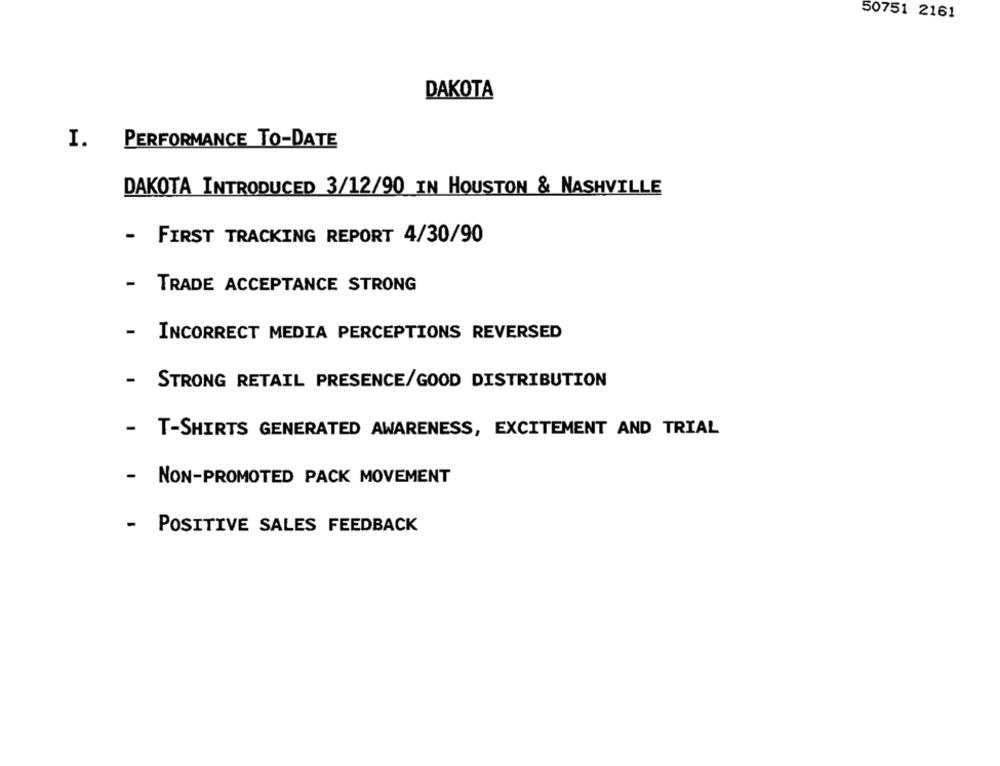
50751 2161
DAKOTA
I. PERFORMANCE TO-DATE
DAKOTA INTRODUCED 3/12/90 IN HOUSTON & NASHVILLE
- FIRST TRACKING REPORT 4/30/90
- TRADE ACCEPTANCE STRONG
-
INCORRECT MEDIA PERCEPTIONS REVERSED
- STRONG RETAIL PRESENCE/GOOD DISTRIBUTION
- T-SHIRTS GENERATED AWARENESS, EXCITEMENT AND TRIAL
- NON-PROMOTED PACK MOVEMENT
- POSITIVE SALES FEEDBACK